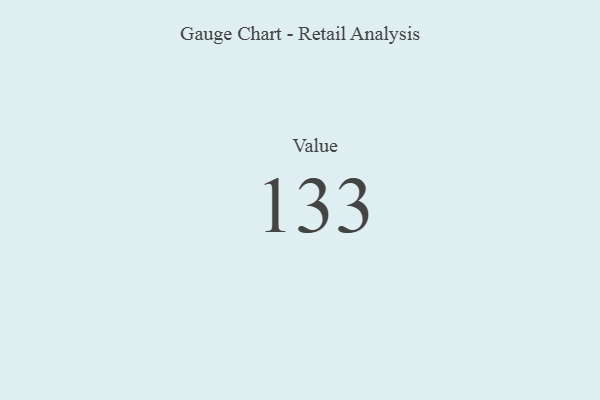
{"axis": {"x": "Metric", "y": "Value"}, "legend": [""], "data": [{"x": "Value", "y": 133, "type": ""}]}